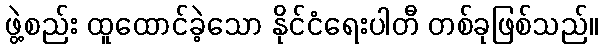
ဖွဲ့စည်း ထူထောင်ခဲ့သော နိုင်ငံရေးပါတီ တစ်ခုဖြစ်သည်။